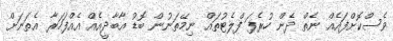
ވެސްކޮށްފައެއް ނެތް ދެން ހުރެފަ ފްލެޓުތައް ނިމޭތަނުން ބޮޑު އާބާދީއެއް އެއްފަހަރާ އެތަނަށް